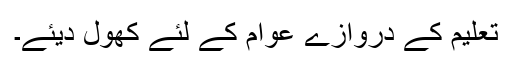
تعلیم کے دروازے عوام کے لئے کھول دیئے۔